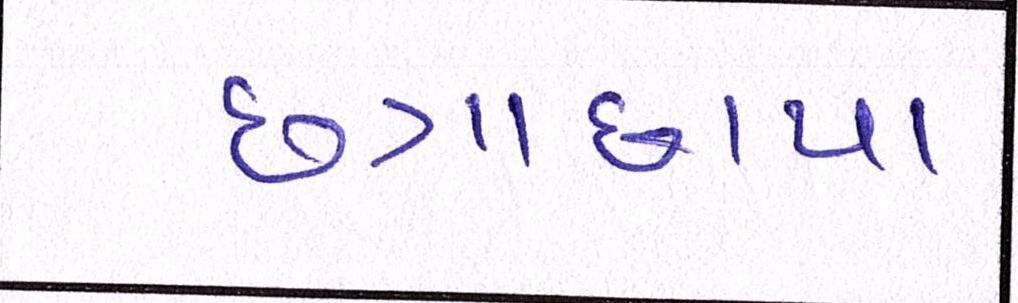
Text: છત્રાછાયા